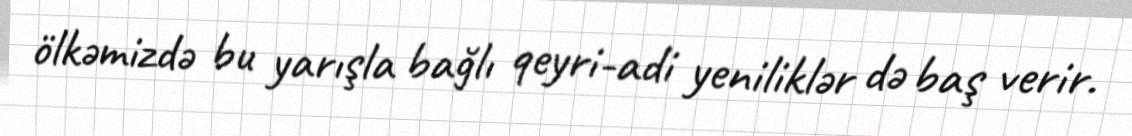
ölkəmizdə bu yarışla bağlı qeyri-adi yeniliklər də baş verir.